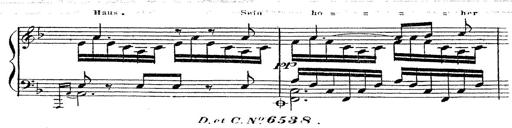
Title: 12 Lieder von Franz Schubert
Composer: Franz Liszt